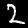
Digit: 2